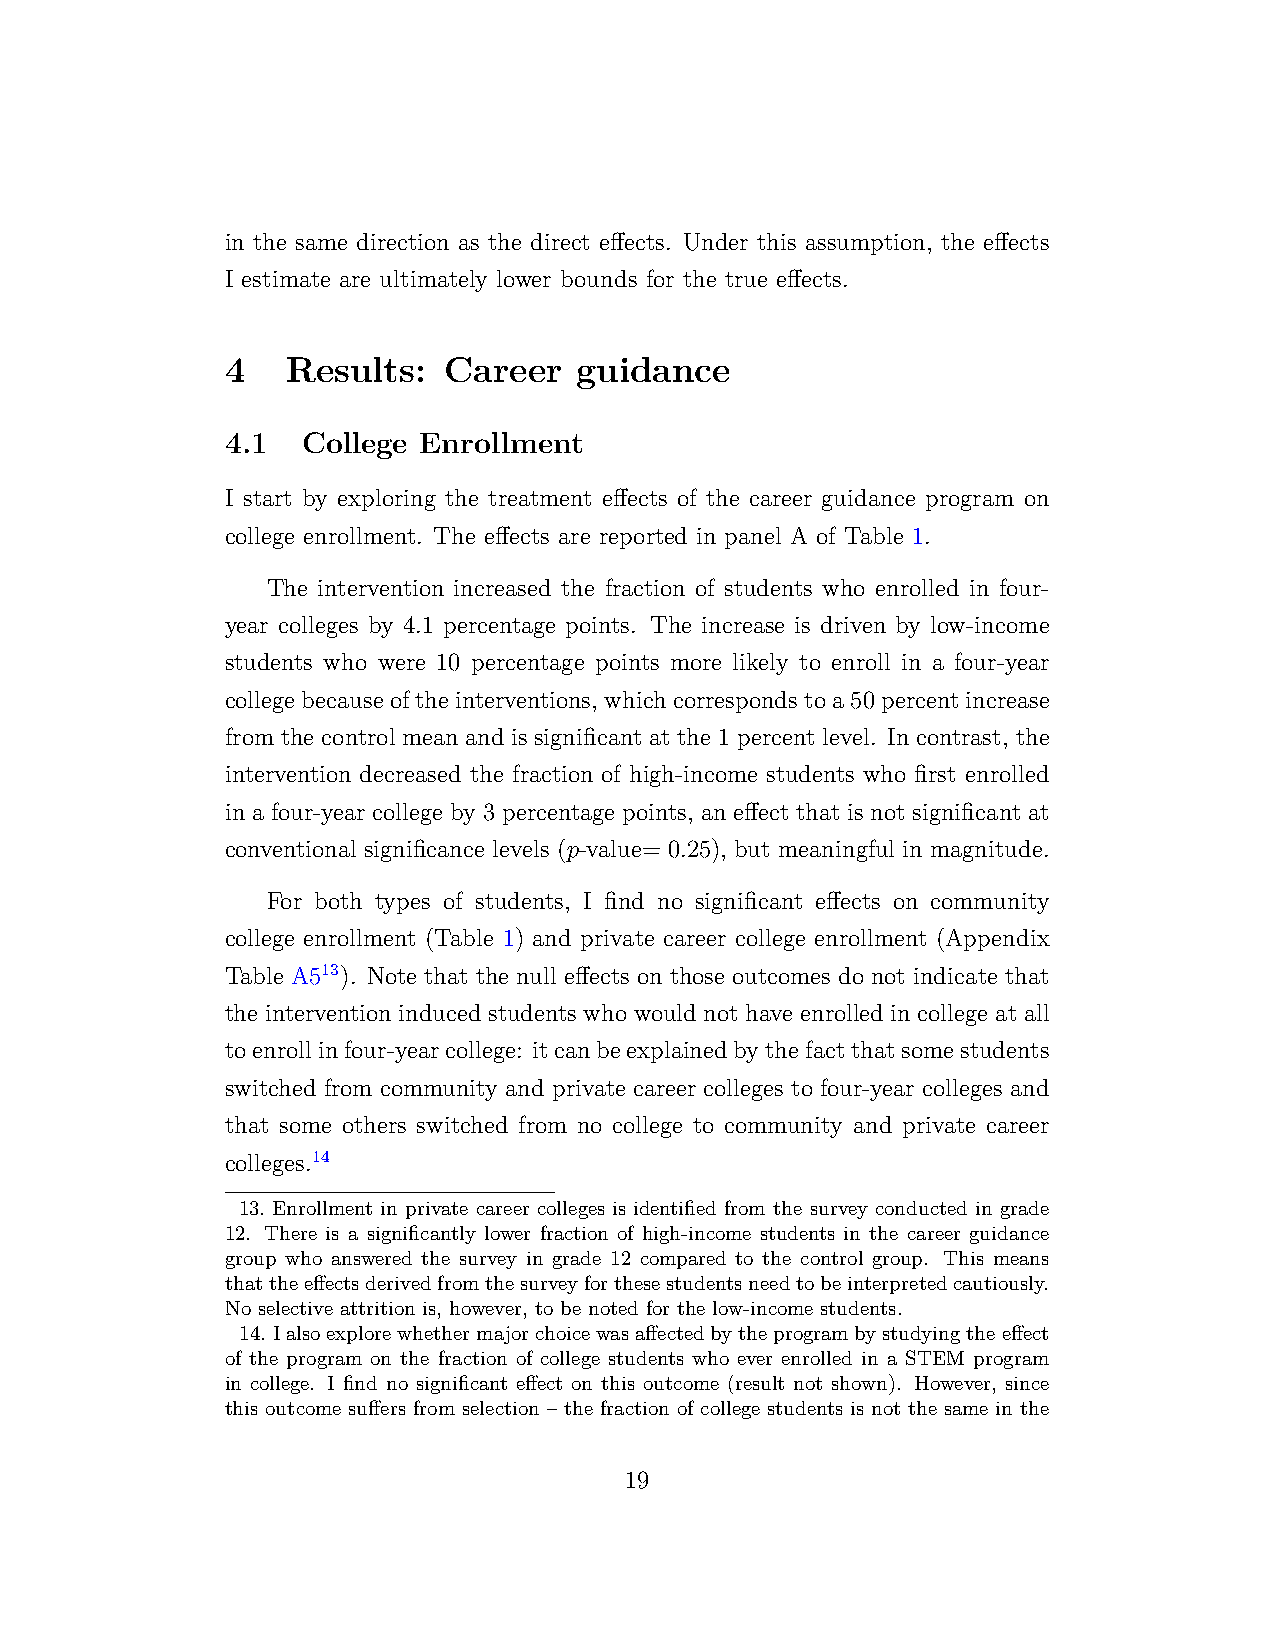
in the same direction as the direct effects. Under this assumption, the effects
 I estimate are ultimately lower bounds for the true effects.
 4   Results:  Career   guidance
 4.1  College Enrollment
 I start by exploring the treatment effects of the career guidance program on
 college enrollment. The effects are reported in panel A of Table 1.
 The intervention increased the fraction of students who enrolled in four-
 year colleges by 4.1 percentage points. The increase is driven by low-income
 students who were 10 percentage points more likely to enroll in a four-year
 collegebecauseoftheinterventions, whichcorrespondstoa50percentincrease
 from the control mean and is significant at the 1 percent level. In contrast, the
 intervention decreased the fraction of high-income students who first enrolled
 in a four-year college by 3 percentage points, an effect that is not significant at
 conventional significance levels (p-value= 0.25), but meaningful in magnitude.
 For both types of students, I find no significant effects on community
 college enrollment (Table 1) and private career college enrollment (Appendix
 Table A513). Note that the null effects on those outcomes do not indicate that
 the intervention induced students who would not have enrolled in college at all
 toenrollinfour-yearcollege: itcanbeexplainedbythefactthatsomestudents
 switched from community and private career colleges to four-year colleges and
 that some others switched from no college to community and private career
 colleges.14
 13. Enrollment in private career colleges is identified from the survey conducted in grade
 12. There is a significantly lower fraction of high-income students in the career guidance
 group who answered the survey in grade 12 compared to the control group. This means
 thattheeffectsderivedfromthesurveyforthesestudentsneedtobeinterpretedcautiously.
 No selective attrition is, however, to be noted for the low-income students.
 14. Ialsoexplorewhethermajorchoicewasaffectedbytheprogrambystudyingtheeffect
 of the program on the fraction of college students who ever enrolled in a STEM program
 in college. I find no significant effect on this outcome (result not shown). However, since
 this outcome suffers from selection – the fraction of college students is not the same in the
 19